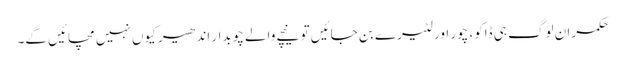
حکمران لوگ ہی ڈاکو، چور اور لٹیرے بن جائیں تو نیچے والے چوبدار اندھیر کیوں نہیں مچائیں گے۔